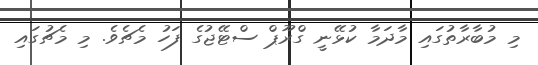
މި މުބާރާތުގައި މާދަމާ ކުޅޭނީ ގްރޫޕް ސްޓޭޖުގެ ފަހު މެޗެވެ. މި މެޗުގައި